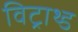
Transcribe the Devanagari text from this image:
विट्राथ्ड